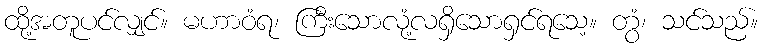
ထို့အတူပင်လျှင်။ မဟာဝံရ၊ ကြီးသောလုံ့လရှိသောရှင်ရသေ့။ တွံ၊ သင်သည်။